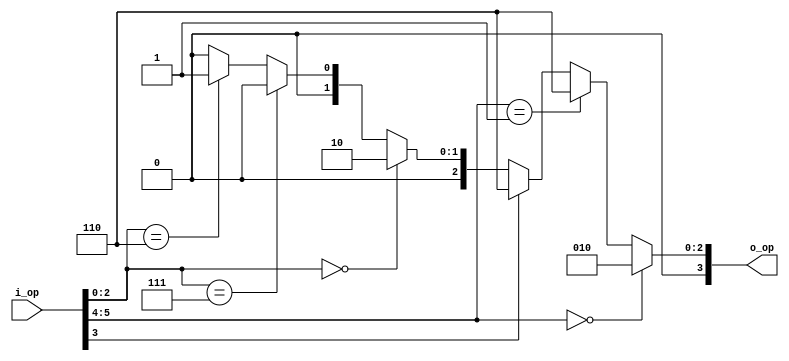
module ALU_control(
        input   [5:0] i_op,
        output  [3:0] o_op
);

assign o_op = (i_op[5:4] == 2'b00) ? 4'b0010 :  //ld,sd
                (i_op[5:4] == 2'b01) ? 4'b0110 :        //beq
                (i_op[3] == 1'b1) ? 4'b0110 :   //sub
                (i_op[2:0] == 3'b000) ? 4'b0010 :       //add
                (i_op[2:0] == 3'b111) ? 4'b0000 :       //AND
                (i_op[2:0] == 3'b110) ? 4'b0001 : 4'b0;         //OR

endmodule